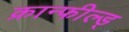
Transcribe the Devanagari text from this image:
क्रान्फील्ड्